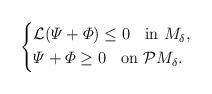
LaTeX: \begin{align*} \left\{ \begin{aligned} & \mathcal{L} (\varPsi + \varPhi) \leq 0 \;\; \mbox{ in $M_{\delta}$}, \\ & \varPsi + \varPhi \geq 0 \;\; \mbox{ on $\mathcal{P} M_{\delta}$}.\end{aligned} \right.\end{align*}